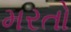
મરતો